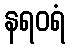
နရဝရံ